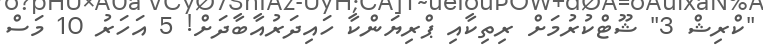
"ކްރިޝް 3" ޝޫޓްކުރުމަށް ރިތިކާއި ޕްރިޔަންކާ ހައިދަރުއާބާދަށް! 5 އަހަރު 10 މަސް